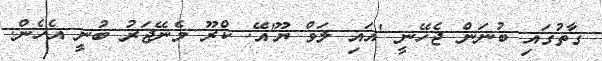
ގާތުގައި ބުނަން ޖެހޭނީ 'އައި ލަވް ޔޫ'އޭ. ކްރޫ މެނޭޖަރު ބުނީ އެހެން.